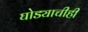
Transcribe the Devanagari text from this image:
घोड्याचीही